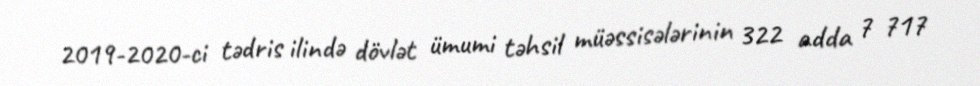
2019-2020-ci tədris ilində dövlət ümumi təhsil müəssisələrinin 322 adda 7 717